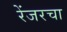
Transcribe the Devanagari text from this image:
रेंजरचा